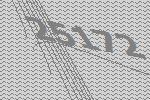
25172